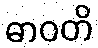
ဓာဝတိ